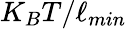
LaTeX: K_{B}T/\ell_{min}